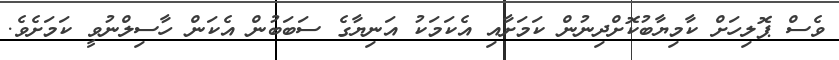
ވެސް ޕޮލިހަށް ކާމިޔާބުކޮށްދިނުން ކަމަށާއި އެކަމަކު އަނިޔާގެ ސަބަބުން އެކަން ހާސިލްނުވީ ކަމަށެވެ.